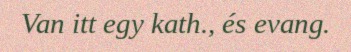
Van itt egy kath., és evang.